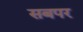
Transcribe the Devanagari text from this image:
सबपर